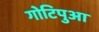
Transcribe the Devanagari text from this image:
गोटिपुआ